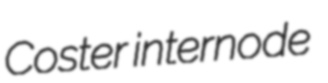
Coster internode